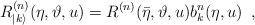
LaTeX: \begin{align*}R^{(n)}_{|k\rangle }(\eta ,\vartheta ,u)=R^{(n)}(\bar{\eta },\vartheta ,u)b_{k}^{n}(\eta ,u)\, \, \, ,\end{align*}